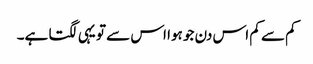
کم سے کم اس دن جو ہوا اس سے تو یہی لگتا ہے۔